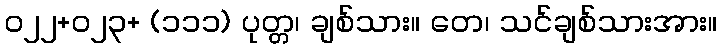
၀၂၂+၀၂၃+ (၁၁၁) ပုတ္တ၊ ချစ်သား။ တေ၊ သင်ချစ်သားအား။